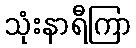
သုံးနာရီကြာ